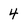
Character: 4